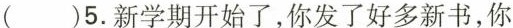
( )5.新学期开始了，你发了好多新书，你